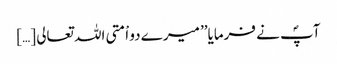
آپؐ نے فرمایا’’ میرے دو اْمتی اللہ تعالی […]